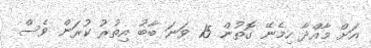
އަށް މާއްދާ ހިމެނޭ ގޮތުން 15 ވަނަ ބާބު އިތުރު ކުރަން ވެސް